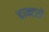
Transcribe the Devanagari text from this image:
डाक्टरो